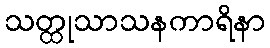
သတ္ထုသာသနကာရိနာ